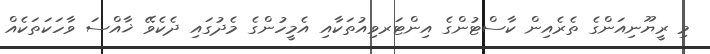
މި ރީޔޫނިއަންގެ ތެރެއިން ކާސްޓުންގެ އިންޓަރވިއުތަކާއި އެމީހުންގެ މެދުގައި ދެކެވޭ ޚާއްސަ ވާހަކަތަކެއް